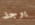
يوجد